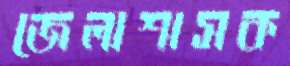
জেলাশাসক